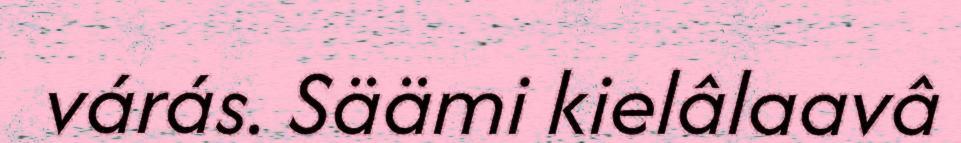
várás. Säämi kielâlaavâ